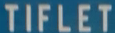
TIFLET